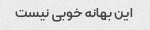
این بهانه خوبی نیست